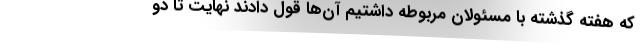
که هفته گذشته با مسئولان مربوطه داشتیم آن‌ها قول دادند نهایت تا دو